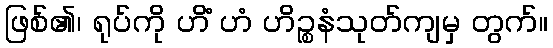
ဖြစ်၏၊ ရုပ်ကို ဟိံ ဟံ ဟိဉ္စနံသုတ်ကျမှ တွက်။